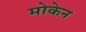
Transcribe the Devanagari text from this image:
मोकेन